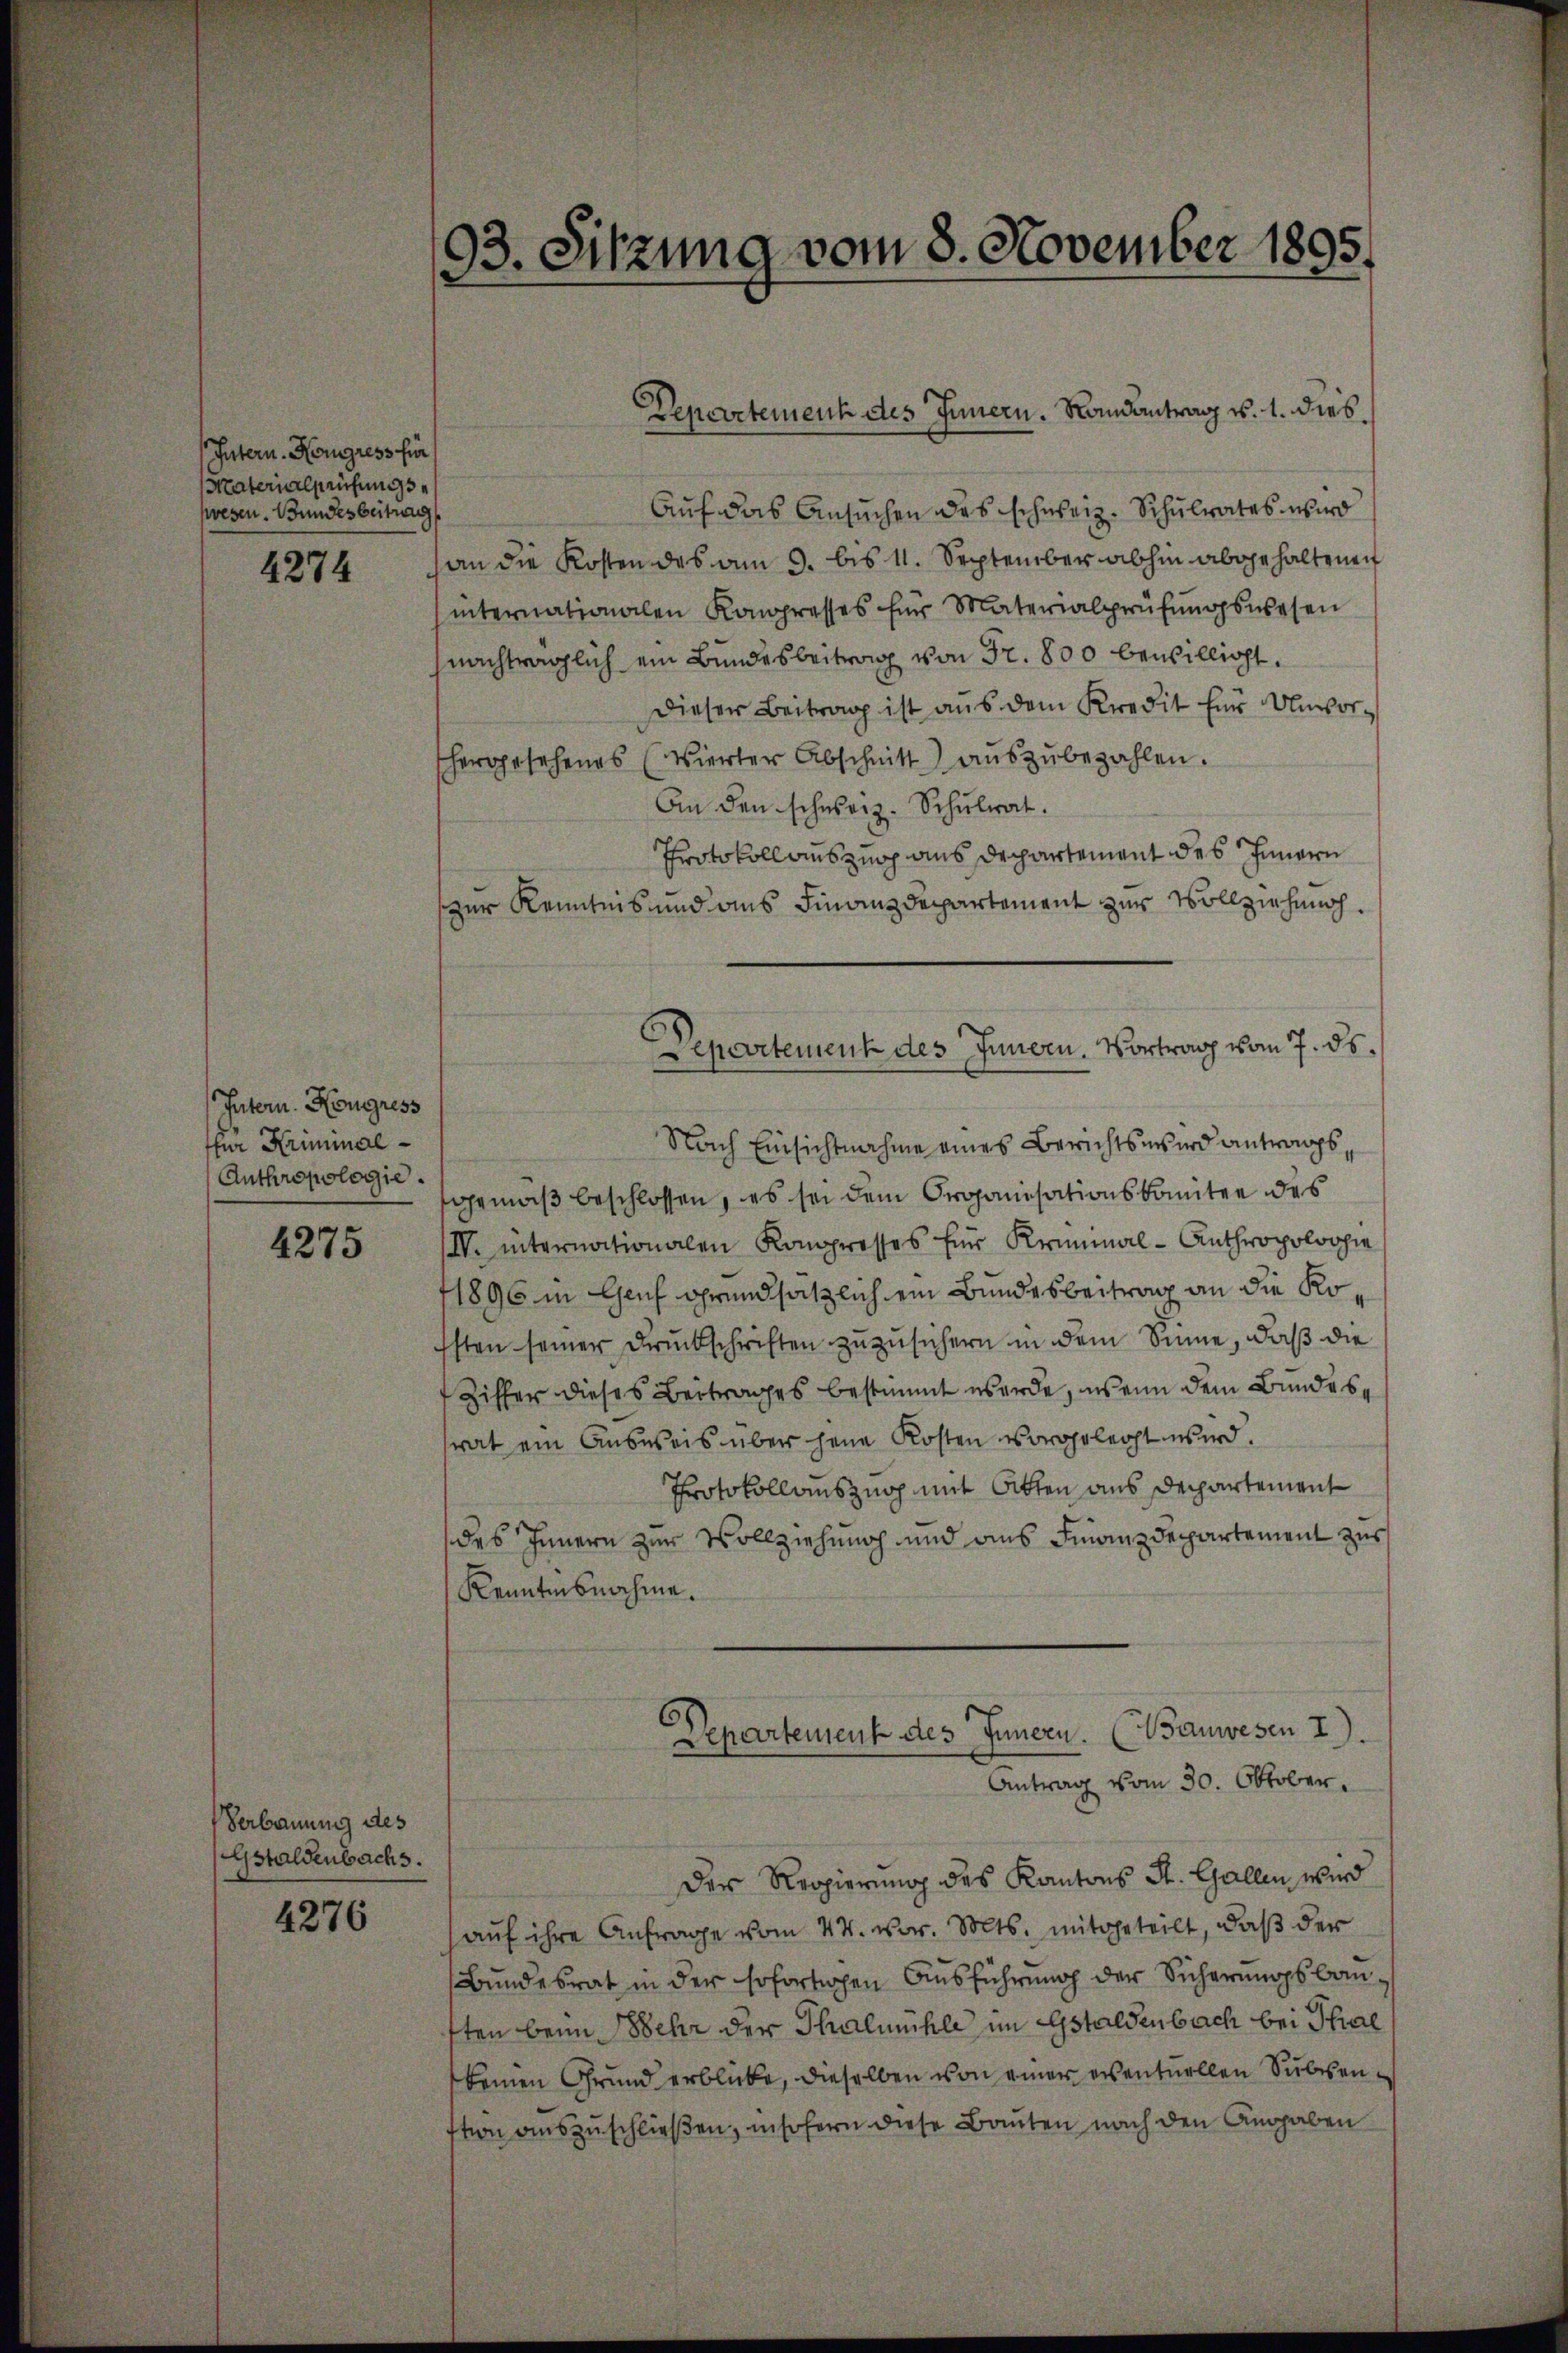
Intern. Kongress für
Fraterialprüfungs
swesen. Bundesbeitrag

4274

Intern. Kongress
ffür Kriminal¬
Anthropologie.

4275

Verbauung des
Gstaldenbachs.

4276

93. Sitzung vom 8. November 1895.

Auf das Ansuchen des schweiz. Schulrates wird
an die Kosten des am 3. bis 11. September abhin abgehaltenen
internationalen Konpresses für Materialprüfŭngswesen
nachträglich ein Bundesbeitrag von Fr. 800 bewilligt.
Dieser Beitrag ist aus dem Kredit für Unvor-
hergesehenes (Vierter Abschnitt aŭszŭbezahlen.
An den schweiz. Schŭlrat.
Protokoll auszug aus Departement des Innern
zur Kenntnis und aus Finanzdepartement zur Vollziehung.
Nach Einsichtnahme eines Berichtswird antrags,
gemäß beschlossen, es sei dem Organisationskomitee des
I. internationalen Kongresses für Kriminal-Anthropoloopie
1896 in Genf grundsätzlich ein Bundesbeitrag an die Kosten seiner Druckschriften zuzusichern in dem Sinne, daß die
Ziffer dieses Beitrages bestimmt werde, wenn dem Bundessrat ein Ausweis über jene Kosten vorgelegt wird.
Protokollauszug mit Otten aus Departement
des Innern zur Vollziehung und aus Finanzdepartement zus
Kenntnisnahme.
Departement des Innern. (Bauwesen I.
Antrag vom 30. Oktober.
Der Regierung des Kantons St. Gallen wird
auf ihre Anfrage vom 24. vor. Mts. mitgeteilt, daß der
Bundesrat in der sofortigen Ausführung der Sicherungsbausten beim Sehr der Thalmühle im Gstaldenbach bei Thal
keinen Grund erblicke, dieselben von einer eventuellen Subsenstion auszuschließen, insofern diese Bauten nach den Angaben

Departement des Innern. Randantrag v. 1. dies¬

Departement des Innern. Vortrag vom 7. ds.